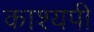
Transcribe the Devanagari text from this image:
काश्यपी